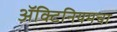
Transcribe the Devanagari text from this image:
ॲक्टिनियमचा